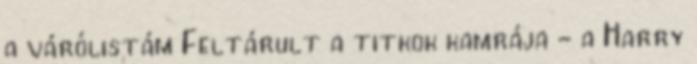
a várólistám Feltárult a titkok kamrája - a Harry